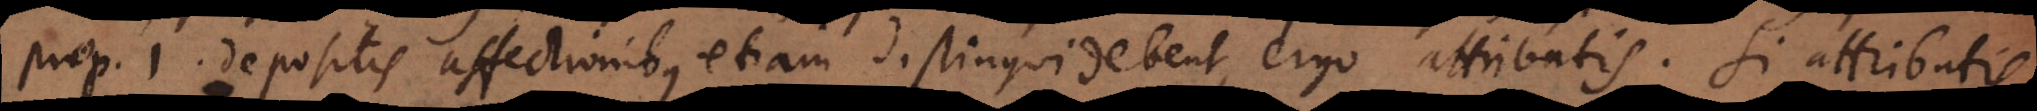
prop. 1. depositis affectionibus etiam distingui debent, ergo attributis. Si attributis